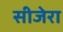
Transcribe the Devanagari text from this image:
सीजेरा